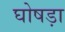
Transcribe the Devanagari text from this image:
घोषड़ा